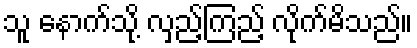
သူ နောက်သို့ လှည့်ကြည့် လိုက်မိသည်။